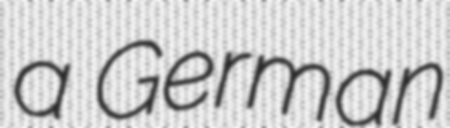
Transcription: a German